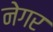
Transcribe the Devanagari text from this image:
नेगर